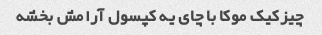
چیزکیک موکا با چای یه کپسول آرامش بخشه